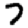
Digit: 7